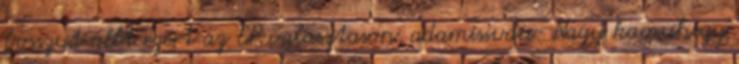
bosszut allt ezert az EP valasztason. adamisivan: Nagy kamuhegy